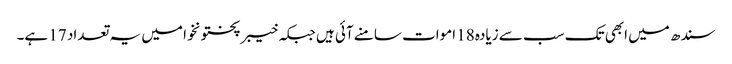
سندھ میں ابھی تک سب سے زیادہ 18 اموات سامنے آئی ہیں جبکہ خیبرپختونخوا میں یہ تعداد 17 ہے۔